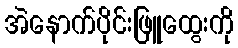
အဲနောက်ပိုင်းဖြူထွေးကို